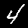
Digit: 4